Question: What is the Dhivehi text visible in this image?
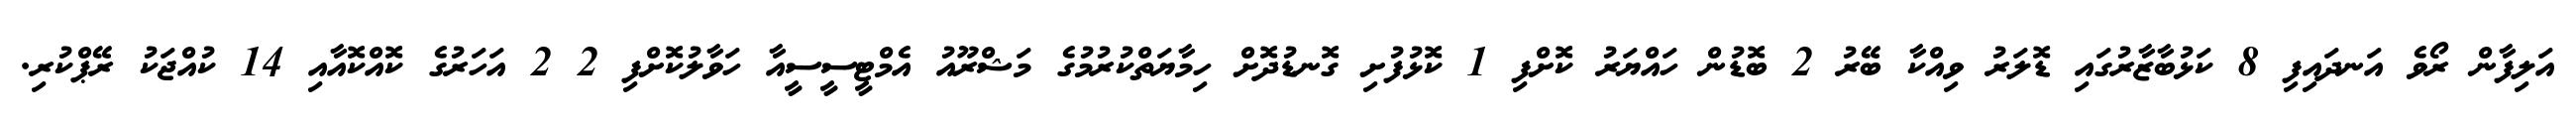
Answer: އަލިފާން ރޯވެ އަނދައިފި 8 ކަޅުބާޒާރުގައި ޑޮލަރު ވިއްކާ ބޭރު 2 ބޮޑުން ހައްޔަރު ކޮށްފި 1 ކޮޅުފުށި ގޮނޑުދޮށް ހިމާޔަތްކުރުމުގެ މަޝްރޫއު އެމްޓީސީސީއާ ހަވާލުކޮށްފި 2 2 އަހަރުގެ ކޮއްކޮއާއި 14 ކުއްޖަކު ރޭޕްކުރި.